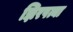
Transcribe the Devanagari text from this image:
झिरपत्या